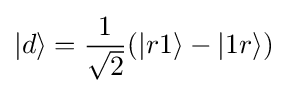
|d\rangle ={\frac {1}{\sqrt {2}}}(|r1\rangle -|1r\rangle )